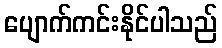
ပျောက်ကင်းနိုင်ပါသည်